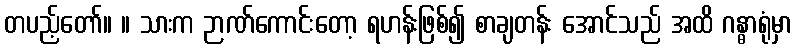
တပည့်တော်။ ။ သားက ဉာဏ်ကောင်းတော့ ရဟန်းဖြစ်၍ စာချတန်း အောင်သည် အထိ ဂန္ဓာရုံမှာ